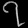
Digit: ၇